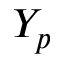
Y _ { p }